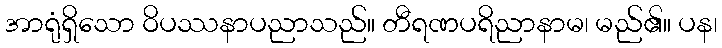
အာရုံရှိသော ဝိပဿနာပညာသည်။ တီရဏပရိညာနာမ၊ မည်၏။ ပန၊